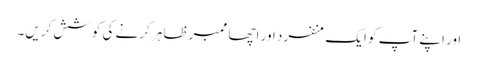
اور اپنے آپ کو ایک منفرد اور اچھا ممبر ظاہر کرنے کی کوشش کریں۔